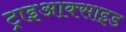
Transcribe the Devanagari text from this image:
ट्राइआक्साइड